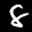
Label: 8